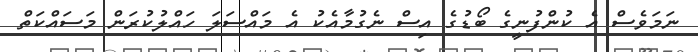
ނަމަވެސް އެ ކުންފުނީގެ ބޯޑުގެ އިސް ނެގުމާއެކު އެ މައްސަލަ ހައްލުކުރަން މަސައްކަތް